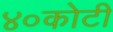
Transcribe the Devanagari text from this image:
४०कोटी